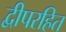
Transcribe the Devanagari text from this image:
द्वीपरहित